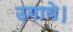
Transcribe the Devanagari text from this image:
उगाये।